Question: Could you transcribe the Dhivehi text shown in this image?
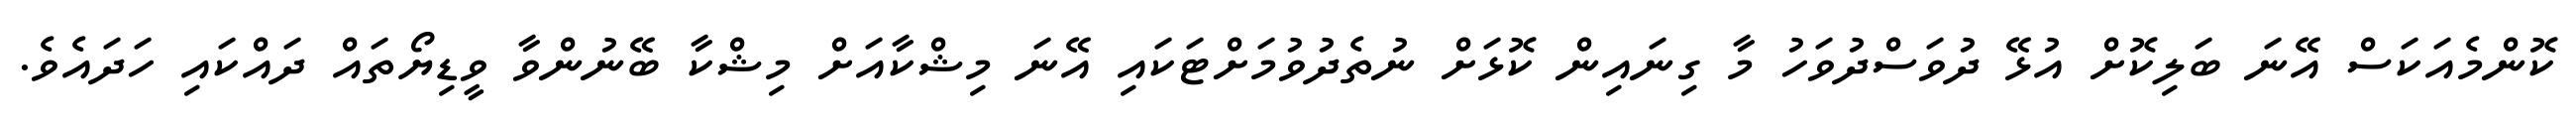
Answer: ކޮންމެއަކަސް އޭނަ ބަލިކޮށް އުޅޭ ދުވަސްދުވަހު މާ ގިނައިން ކޮޅަށް ނުތެދުވުމަށްޓަކައި އޭނަ މިޝްކާއަށް މިޝްކާ ބޭނުންވާ ވީޑިޔޯތައް ދައްކައި ހަދައެވެ.